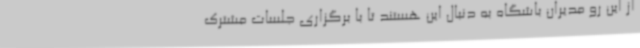
از این رو مدیران باشگاه به دنبال این هستند تا با برگزاری جلسات مشترک